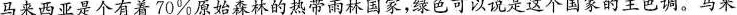
马来西亚是个有着70%原始森林的热带森林国家，绿色可以说是这个国家的主色调，马来